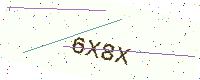
Text: 6X8X